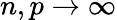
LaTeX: n,p\to\infty